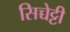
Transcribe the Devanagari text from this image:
सिच्चेट्टी